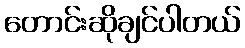
တောင်းဆိုချင်ပါတယ်